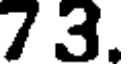
7 3.